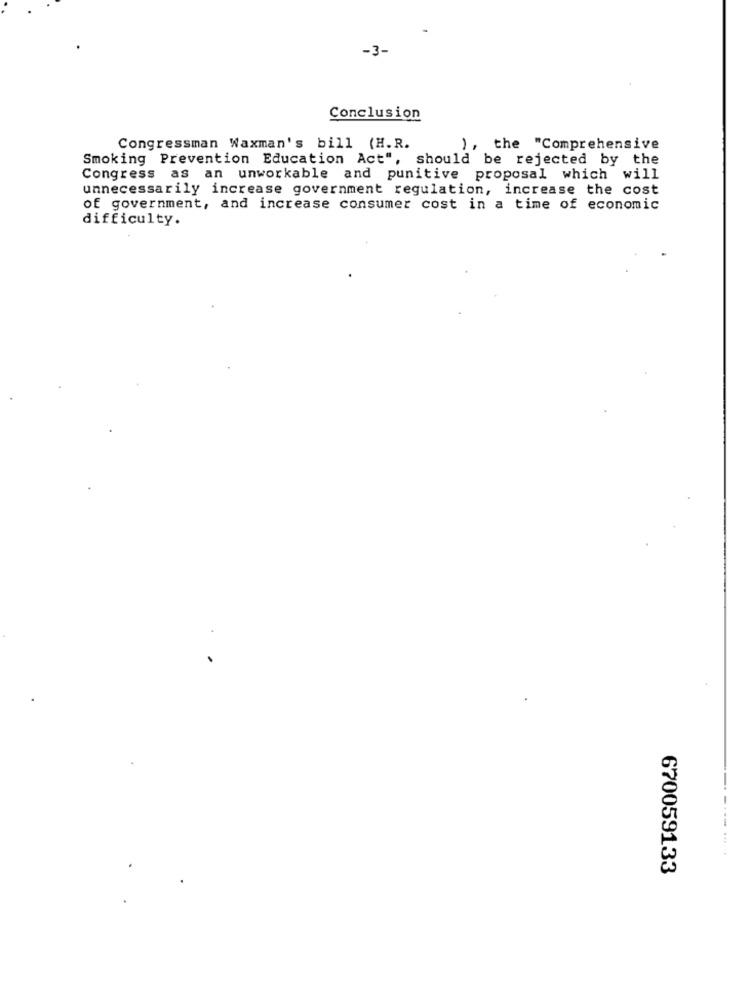
-3-
Conclusion
Congressman Waxman's bill (H.R.
), the "Comprehensive
Smoking Prevention Education Act", should be rejected by the
Congress as an unworkable and punitive proposal which will
unnecessarily increase government regulation, increase the cost
of government, and increase consumer cost in a time of economic
difficulty.
670059133